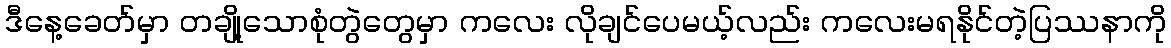
ဒီနေ့ခေတ်မှာ တချို့သောစုံတွဲတွေမှာ ကလေး လိုချင်ပေမယ့်လည်း ကလေးမရနိုင်တဲ့ပြဿနာကို